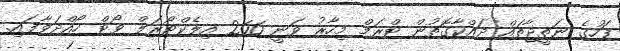
ފަހުގެ ނަތީޖާތައް ދައްކާގޮތުން ޓްރަމް މިހާރު ވަނީ 266 އިލެކްޓޯރަލް ވޯޓް ހޯއްދަވާފައި.